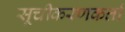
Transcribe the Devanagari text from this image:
सूचीकरणकर्त्ता